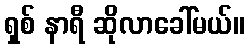
ရှစ် နာရီ ဆိုလာခေါ်မယ်။